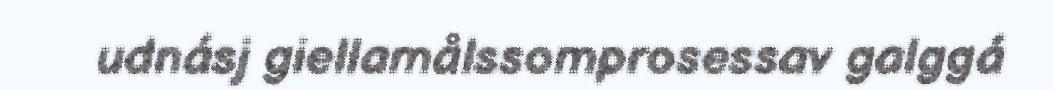
udnásj giellamålssomprosessav galggá